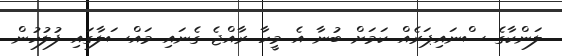
ލަންކާގެ ސްނައިޕަރެއް ކަމަށް ބުނާ އެ މީހާ ރާއްޖެ ގެނައި މައްސަލާގައި ފުލުހުން